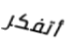
أتفكر